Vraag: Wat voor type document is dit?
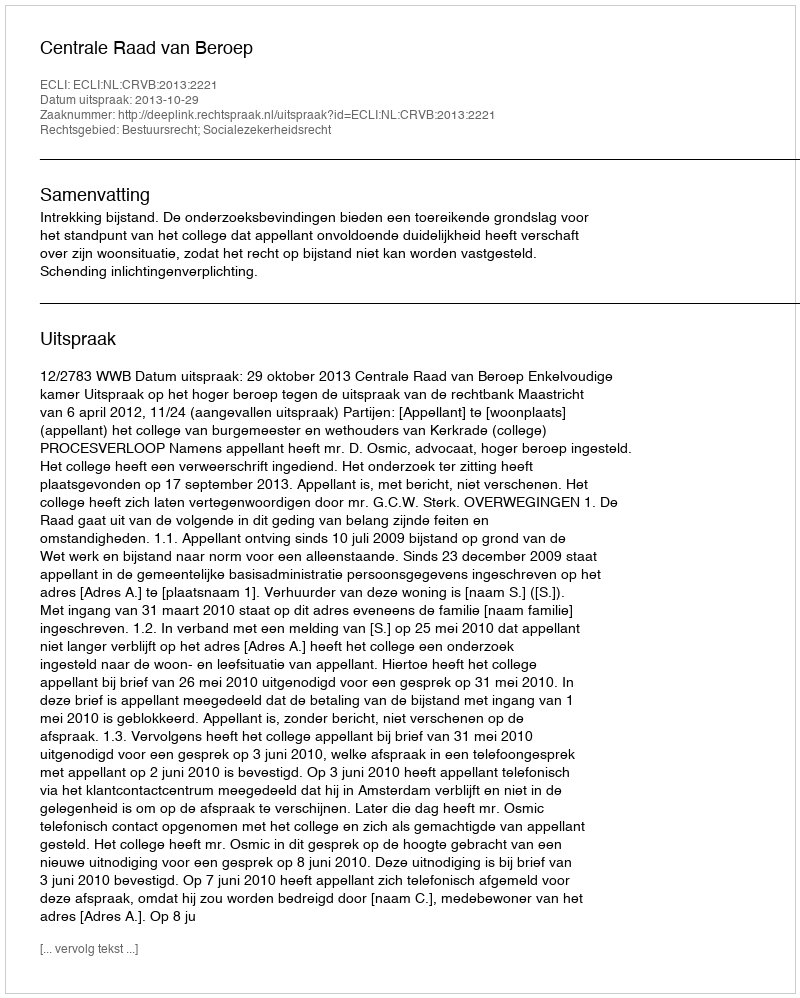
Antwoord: Uitspraak